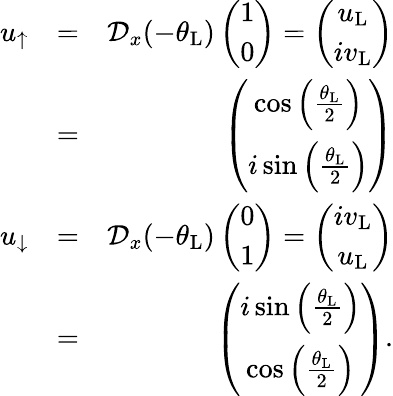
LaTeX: \begin{array}{rlr}{u_{\uparrow}}&{=}&{\mathcal{D}_{x}(-\theta_{\mathrm{L}})\left(\begin{array}{c}{1}\\ {0}\end{array}\right)=\left(\begin{array}{c}{u_{\mathrm{L}}}\\ {iv_{\mathrm{L}}}\end{array}\right)}\\ &{=}&{\left(\begin{array}{cc}{\cos\left(\frac{\theta_{\mathrm{L}}}{2}\right)}\\ {i\sin\left(\frac{\theta_{\mathrm{L}}}{2}\right)}\end{array}\right)}\\ {u_{\downarrow}}&{=}&{\mathcal{D}_{x}(-\theta_{\mathrm{L}})\left(\begin{array}{c}{0}\\ {1}\end{array}\right)=\left(\begin{array}{c}{iv_{\mathrm{L}}}\\ {u_{\mathrm{L}}}\end{array}\right)}\\ &{=}&{\left(\begin{array}{cc}{i\sin\left(\frac{\theta_{\mathrm{L}}}{2}\right)}\\ {\cos\left(\frac{\theta_{\mathrm{L}}}{2}\right)}\end{array}\right).}\end{array}